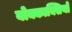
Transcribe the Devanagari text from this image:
बोक्काक्सियो